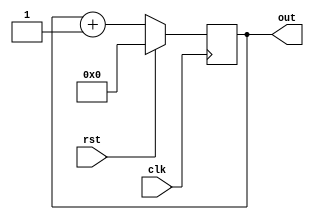
module pc 
(
	input clk,rst,
	output reg [3:0]out
);
	always @(posedge clk)
	begin
	if (rst == 1)
		out <= 0;
	else
		out <= out + 1;
	end
endmodule